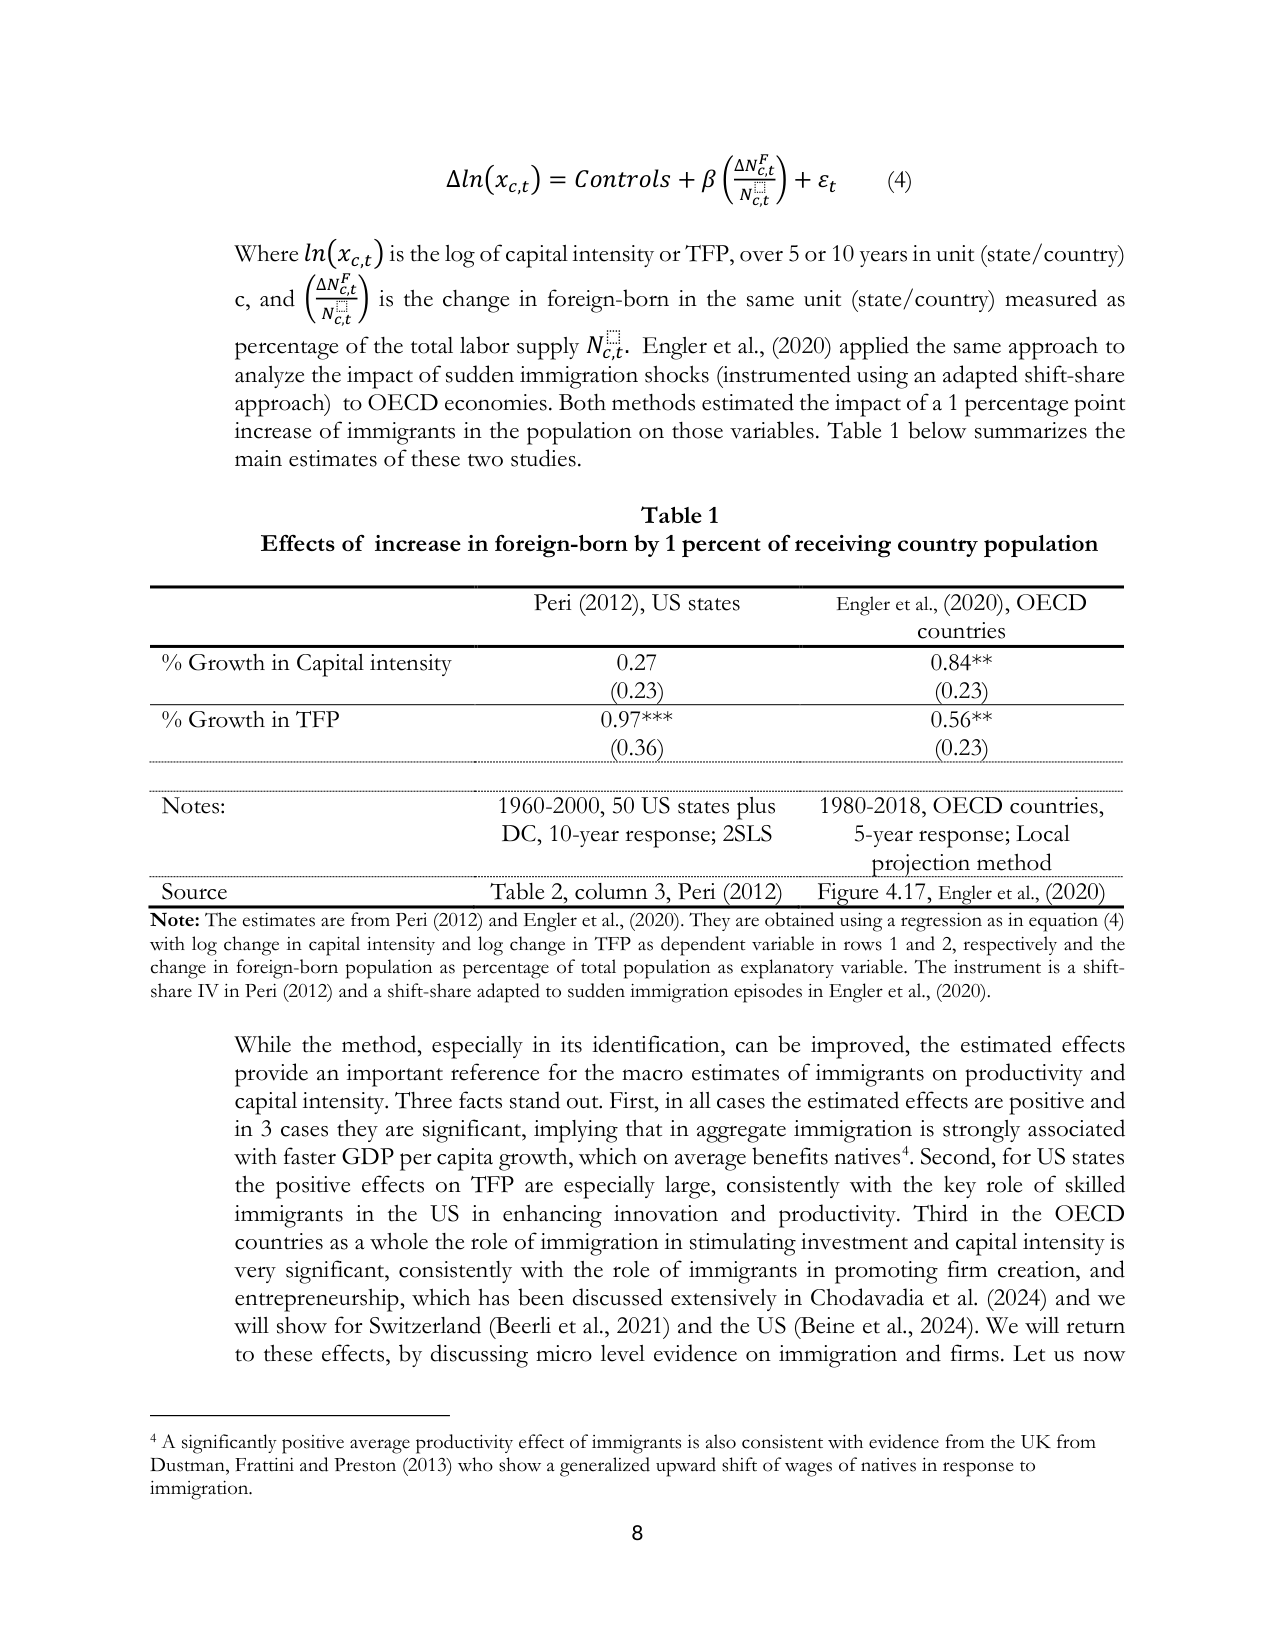
Δln(xc,t) = Controls + β(ΔNc,tF / Nc,t) + εt  (4)

Where ln(xc,t) is the log of capital intensity or TFP, over 5 or 10 years in unit (state/country) c, and (ΔNc,tF / Nc,t) is the change in foreign-born in the same unit (state/country) measured as percentage of the total labor supply Nc,t. Engler et al., (2020) applied the same approach to analyze the impact of sudden immigration shocks (instrumented using an adapted shift-share approach) to OECD economies. Both methods estimated the impact of a 1 percentage point increase of immigrants in the population on those variables. Table 1 below summarizes the main estimates of these two studies.

Table 1
Effects of increase in foreign-born by 1 percent of receiving country population

Peri (2012), US states                      Engler et al., (2020), OECD countries
% Growth in Capital intensity               0.27                                      0.84**
                                              (0.23)                                    (0.23)
% Growth in TFP                             0.97***                                   0.56**
                                              (0.36)                                    (0.23)

Notes:                                      1960-2000, 50 US states plus               1980-2018, OECD countries,
                                              DC, 10-year response; 2SLS                5-year response; Local
                                                                                          projection method

Source                                      Table 2, column 3, Peri (2012)             Figure 4.17, Engler et al., (2020)

Note: The estimates are from Peri (2012) and Engler et al., (2020). They are obtained using a regression as in equation (4) with log change in capital intensity and log change in TFP as dependent variable in rows 1 and 2, respectively and the change in foreign-born population as percentage of total population as explanatory variable. The instrument is a shift-share IV in Peri (2012) and a shift-share adapted to sudden immigration episodes in Engler et al., (2020).

While the method, especially in its identification, can be improved, the estimated effects provide an important reference for the macro estimates of immigrants on productivity and capital intensity. Three facts stand out. First, in all cases the estimated effects are positive and in 3 cases they are significant, implying that in aggregate immigration is strongly associated with faster GDP per capita growth, which on average benefits natives⁴. Second, for US states the positive effects on TFP are especially large, consistently with the key role of skilled immigrants in the US in enhancing innovation and productivity. Third in the OECD countries as a whole the role of immigration in stimulating investment and capital intensity is very significant, consistently with the role of immigrants in promoting firm creation, and entrepreneurship, which has been discussed extensively in Chodavadia et al. (2024) and we will show for Switzerland (Beerli et al., 2021) and the US (Beine et al., 2024). We will return to these effects, by discussing micro level evidence on immigration and firms. Let us now

⁴ A significantly positive average productivity effect of immigrants is also consistent with evidence from the UK from Dustman, Frattini and Preston (2013) who show a generalized upward shift of wages of natives in response to immigration.

8